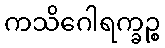
ကသိဂေါရက္ခဉ္စ